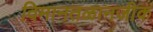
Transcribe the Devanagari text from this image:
विमानतळानजीक